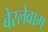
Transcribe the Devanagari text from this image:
बेरलेवाग